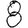
Digit: 8